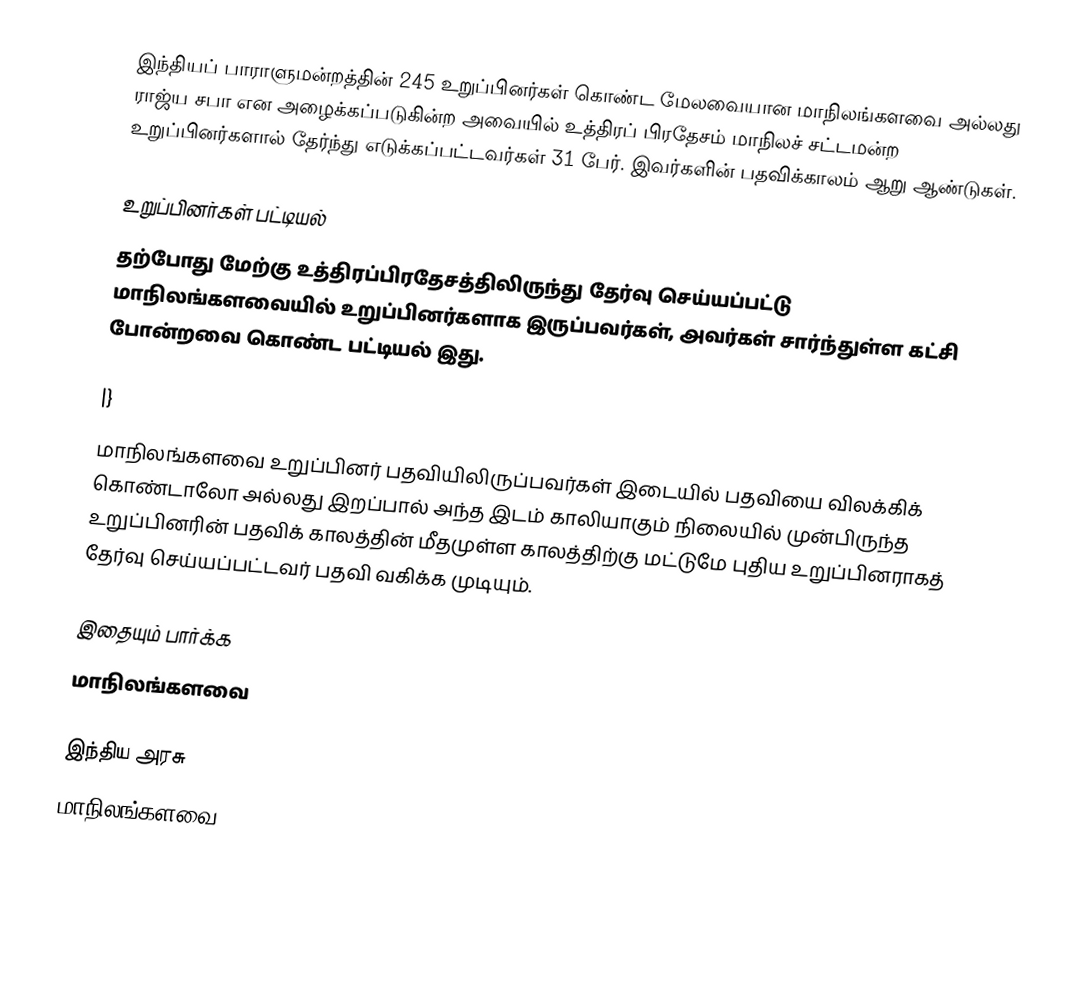
இந்தியப் பாராளுமன்றத்தின் 245 உறுப்பினர்கள் கொண்ட மேலவையான மாநிலங்களவை அல்லது ராஜ்ய சபா  என அழைக்கப்படுகின்ற அவையில் உத்திரப் பிரதேசம் மாநிலச் சட்டமன்ற உறுப்பினர்களால் தேர்ந்து எடுக்கப்பட்டவர்கள் 31 பேர். இவர்களின் பதவிக்காலம் ஆறு ஆண்டுகள்.

உறுப்பினர்கள் பட்டியல்
தற்போது மேற்கு உத்திரப்பிரதேசத்திலிருந்து தேர்வு செய்யப்பட்டு மாநிலங்களவையில் உறுப்பினர்களாக இருப்பவர்கள், அவர்கள் சார்ந்துள்ள கட்சி போன்றவை கொண்ட பட்டியல் இது.

|}
 மாநிலங்களவை உறுப்பினர் பதவியிலிருப்பவர்கள் இடையில் பதவியை விலக்கிக் கொண்டாலோ அல்லது இறப்பால் அந்த இடம் காலியாகும் நிலையில் முன்பிருந்த உறுப்பினரின் பதவிக் காலத்தின் மீதமுள்ள காலத்திற்கு மட்டுமே புதிய உறுப்பினராகத் தேர்வு செய்யப்பட்டவர் பதவி வகிக்க முடியும்.

இதையும் பார்க்க
மாநிலங்களவை

இந்திய அரசு
மாநிலங்களவை